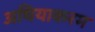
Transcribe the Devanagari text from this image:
अथियाकरम